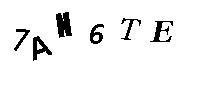
7AH6TE